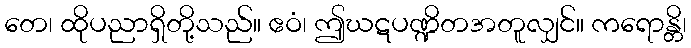
တေ၊ ထိုပညာရှိတို့သည်။ ဧဝံ၊ ဤဃဋပဏ္ဍိတအတူလျှင်။ ကရောန္တိ၊